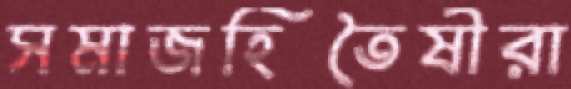
সমাজহিতৈষীরা